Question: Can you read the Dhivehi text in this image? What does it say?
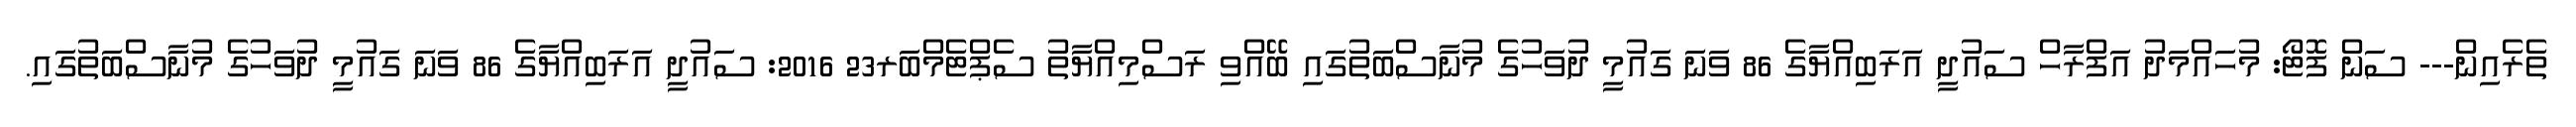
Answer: ތެރެއިން--- ސަން ފޮޓޯ: މުހައްމަދު އަފްރާހް ސައުދީ އަރަބިއްޔާގެ 86 ވަނަ ގައުމީ ދުވަހުގެ މުނާސްބަތުގައި ބޭއްވި ރަސްމިއްޔާތު ސެޕްޓެމްބަރ23 2016: ސައުދީ އަރަބިއްޔާގެ 86 ވަނަ ގައުމީ ދުވަހުގެ މުނާސްބަތުގައި.